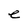
Character: e